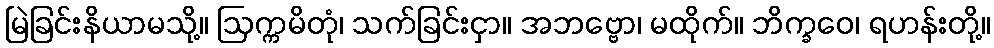
မြဲခြင်းနိယာမသို့။ ဩက္ကမိတုံ၊ သက်ခြင်းငှာ။ အဘဗ္ဗော၊ မထိုက်။ ဘိက္ခဝေ၊ ရဟန်းတို့။